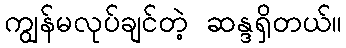
ကျွန်မလုပ်ချင်တဲ့ ဆန္ဒရှိတယ်။